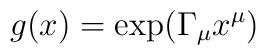
g(x) = \exp (\Gamma_{\mu} x^{\mu})